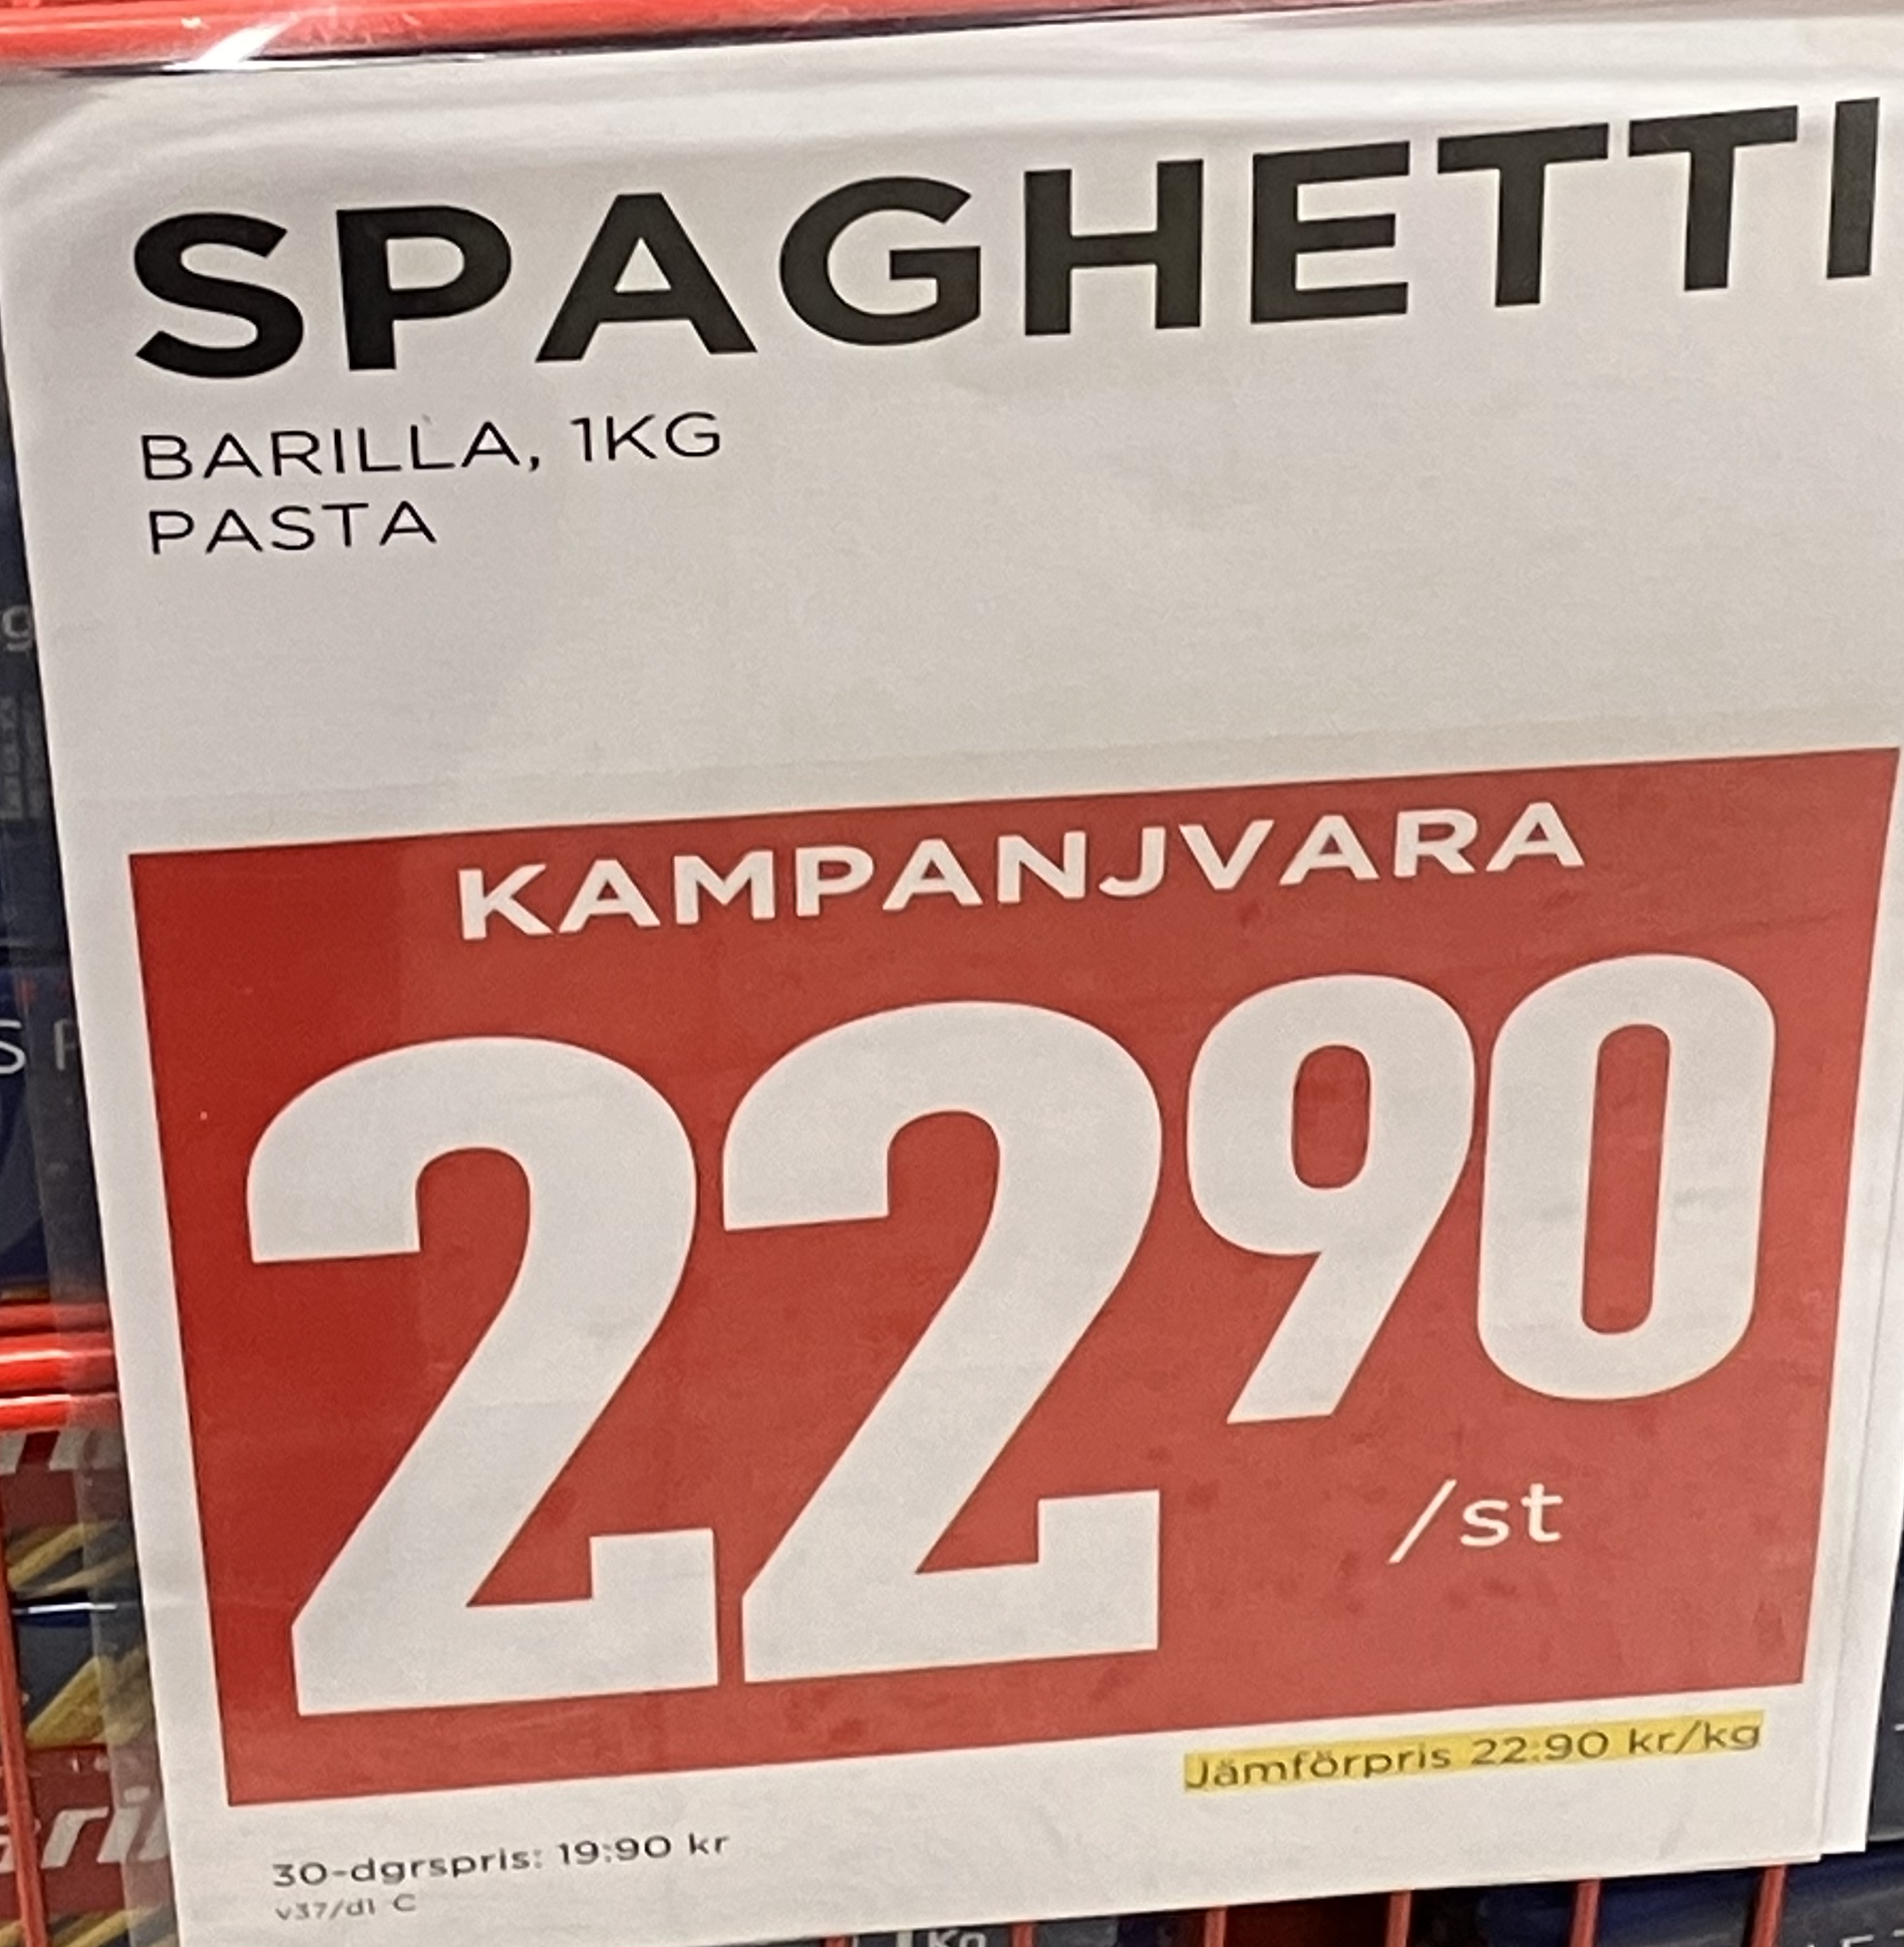
Vara: Spachetti
Genomsnittspris: 22.9 per kg